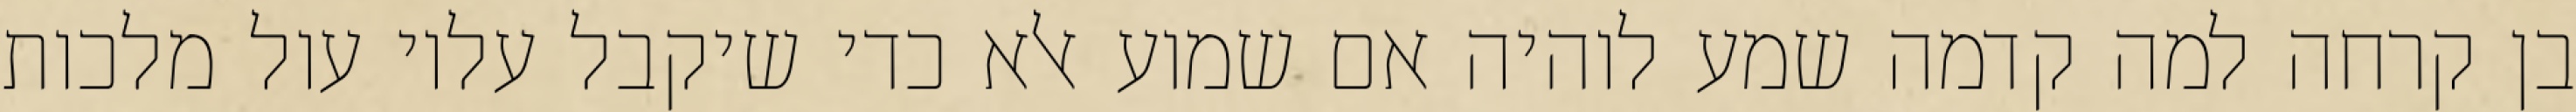
בן קרחה למה קדמה שמע לוהיה אם שמוע אלא כדי שיקבל עליו עול מלכות